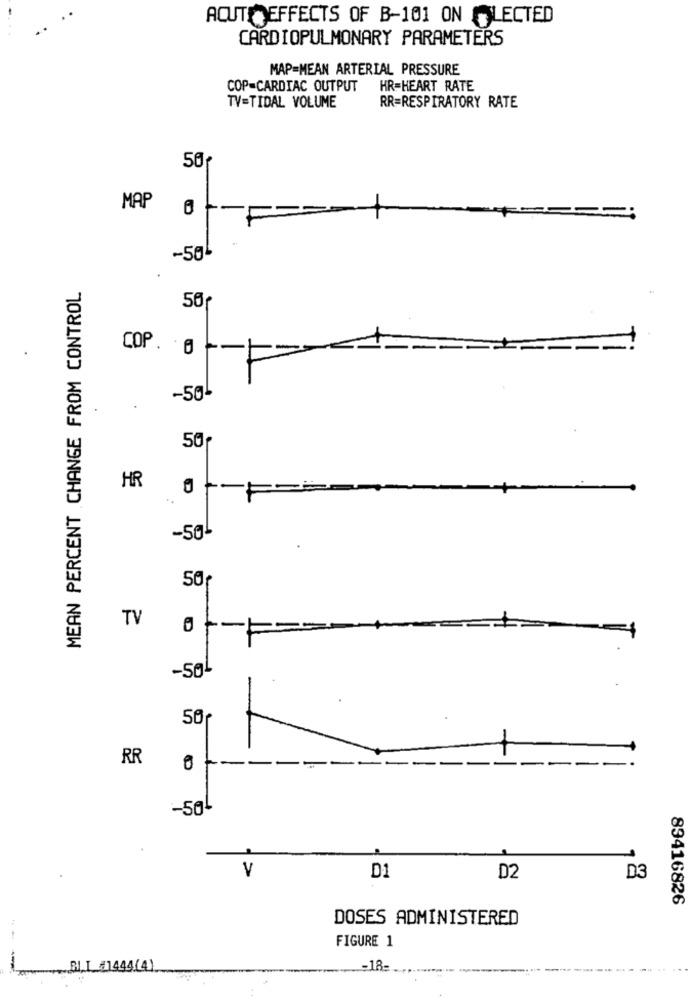
ACUTOEFFECTS OF B-101 ON LECTED
CARDIOPULMONARY PARAMETERS
MAP=MEAN ARTERIAL PRESSURE
COP-CARDIAC OUTPUT
HR=HEART RATE
TV=TIDAL VOLUME
RR=RESPIRATORY RATE
50
MAP
1-
-50
MEAN PERCENT CHANGE FROM CONTROL
50
COP. 0 --
-5g
.
50g
HR
..
0+-F
-50L
50
TV
-50L
50
-
RR
01-
-504
V
D1
D2
D3
89416826
DOSES ADMINISTERED
FIGURE 1
BI_I_#1444(4)
-18=